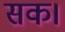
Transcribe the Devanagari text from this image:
सक।